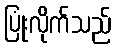
ပြုံးလိုက်သည်